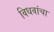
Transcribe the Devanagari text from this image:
विधवांचा